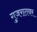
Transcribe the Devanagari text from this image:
गुजरातवर